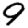
Digit: 9